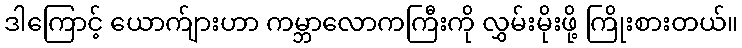
ဒါကြောင့် ယောက်ျားဟာ ကမ္ဘာလောကကြီးကို လွှမ်းမိုးဖို့ ကြိုးစားတယ်။